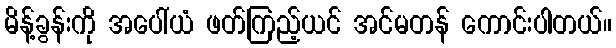
မိန့်ခွန်းကို အပေါ်ယံ ဖတ်ကြည့်ယင် အင်မတန် ကောင်းပါတယ်။